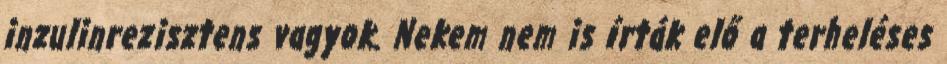
inzulinrezisztens vagyok. Nekem nem is írták elő a terheléses